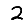
Digit: 2